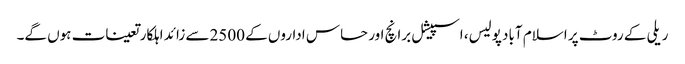
ریلی کے روٹ پر اسلام آباد پولیس، اسپیشل برانچ اور حساس اداروں کے 2500سے زائد اہلکار تعینات ہوں گے۔